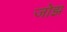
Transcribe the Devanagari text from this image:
जोझ